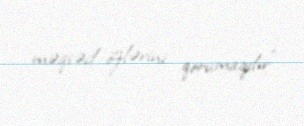
məqsəd özlərini qorumaqdır”.